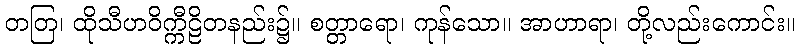
တတြ၊ ထိုသီဟဝိက္ကီဠိတနည်း၌။ စတ္တာရော၊ ကုန်သော။ အာဟာရာ၊ တို့လည်းကောင်း။